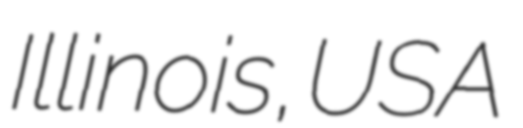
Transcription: Illinois, USA